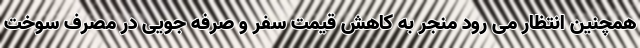
همچنین انتظار می رود منجر به کاهش قیمت سفر و صرفه جویی در مصرف سوخت